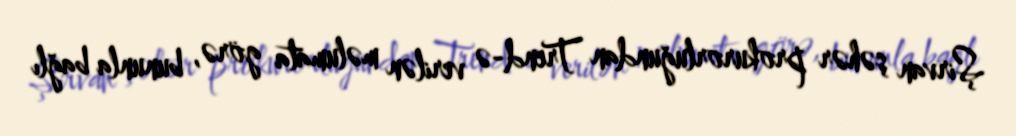
Şirvan şəhər prokurorluğundan Trend-ə verilən məlumata görə, bununla bağlı